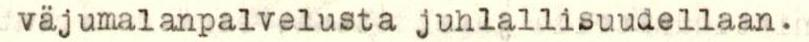
väjumalanpalvelusta juhlallisuudellaan.